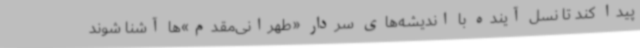
پیدا کند تا نسل آینده با اندیشه‌های سردار «طهرانی‌مقدم»‌ها آشنا شوند